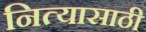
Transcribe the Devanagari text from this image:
नित्यासाठी